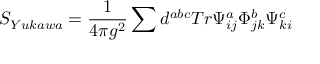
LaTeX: S _ { Y u k a w a } = \frac { 1 } { 4 \pi g ^ { 2 } } \sum d ^ { a b c } T r \Psi _ { i j } ^ { a } \Phi _ { j k } ^ { b } \Psi _ { k i } ^ { c }